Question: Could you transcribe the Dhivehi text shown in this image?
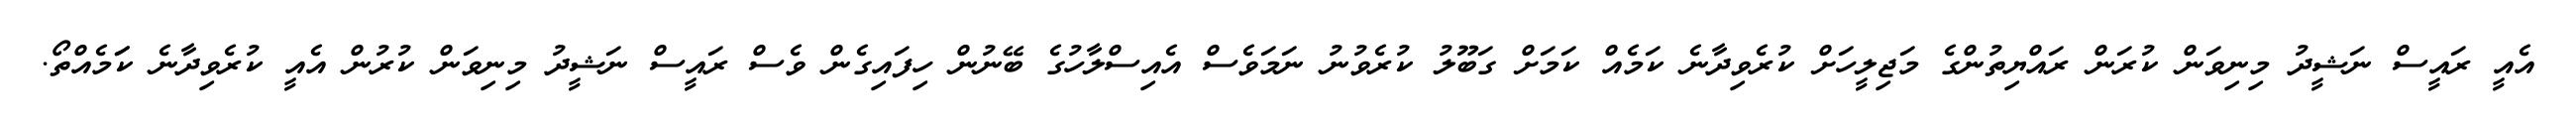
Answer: އެއީ ރައީސް ނަޝީދު މިނިވަން ކުރަން ރައްޔިތުންގެ މަޖިލީހަށް ކުރެވިދާނެ ކަމެއް ކަމަށް ގަބޫލު ކުރެވުނު ނަމަވެސް އެއިސްލާހުގެ ބޭނުން ހިފައިގެން ވެސް ރައީސް ނަޝީދު މިނިވަން ކުރުން އެއީ ކުރެވިދާނެ ކަަމެއްތޯ.